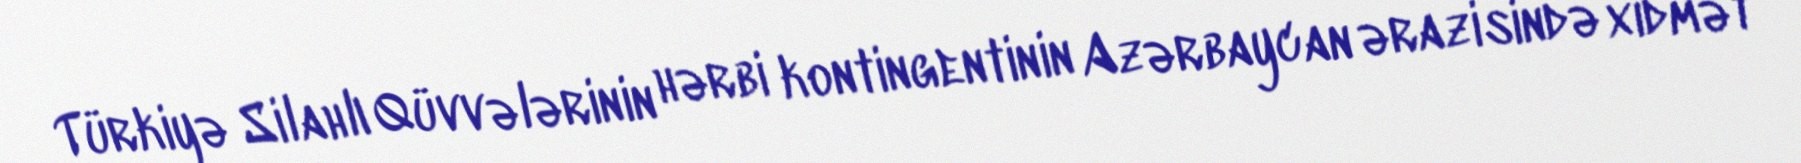
Türkiyə Silahlı Qüvvələrinin hərbi kontingentinin Azərbaycan ərazisində xidmət